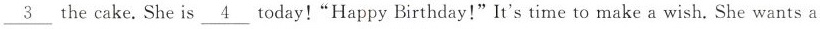
\underline{3} the cake.She is \underline{4} today! "Happy Birthday!" It's time to make a wish. She wants a